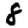
Digit: 8